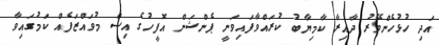
އަދި ހުޅުހެންވޭރު ދާއިރާ ކާމިޔާބު ކުރައްވާފައިވަނީ ޕެންޝަން އޮފީހުގެ އިސް މުވައްޒަފެއް ކަމުގައިވާ